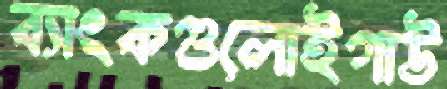
ব্যাংকগুলোইগাউ